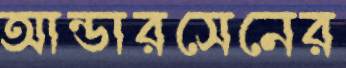
আন্ডারসেনের